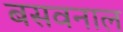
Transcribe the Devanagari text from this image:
बसवनाल